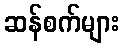
ဆန်စက်များ